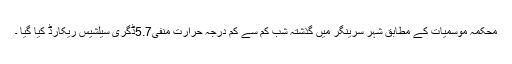
محکمہ موسمیات کے مطابق شہر سرینگر میں گذشتہ شب کم سے کم درجہ حرارت منفی5.7ڈگری سیلشیس ریکارڈ کیا گیا ۔